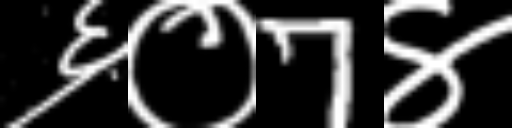
Text: ६०7४